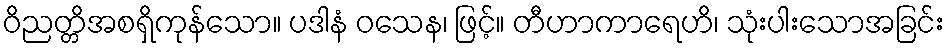
ဝိညတ္တိအစရှိကုန်သော။ ပဒါနံ ဝသေန၊ ဖြင့်။ တီဟာကာရေဟိ၊ သုံးပါးသောအခြင်း